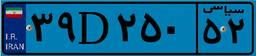
۶۹D۴۳۱۵۱